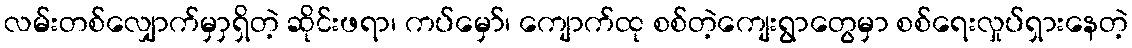
လမ်းတစ်လျှောက်မှာှရှိတဲ့ ဆိုင်းဖရာ၊ ကပ်မှော်၊ ကျောက်ထု စစ်တဲ့ကျေးရွာတွေမှာ စစ်ရေးလှုပ်ရှားနေတဲ့